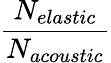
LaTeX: \frac{N_{elastic}}{N_{acoustic}}